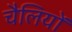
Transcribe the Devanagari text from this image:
चैलियों